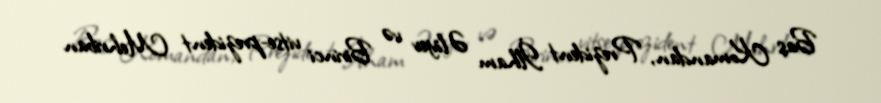
Baş Komandan, Prezident İlham Əliyev və Birinci vitse-prezident Mehriban